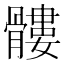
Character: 髏